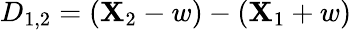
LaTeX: D_{1,2}=(\mathbf{X}_{2}-w)-(\mathbf{X}_{1}+w)